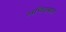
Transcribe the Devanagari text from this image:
अधिवासात